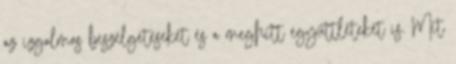
az izgalmas beszélgetéseket és a meghitt együttléteket is. Mit